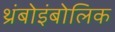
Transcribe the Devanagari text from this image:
थ्रंबोइंबोलिक